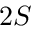
2 S